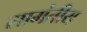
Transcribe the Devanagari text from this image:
सामंतीय